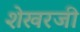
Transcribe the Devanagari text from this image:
शेखरजी